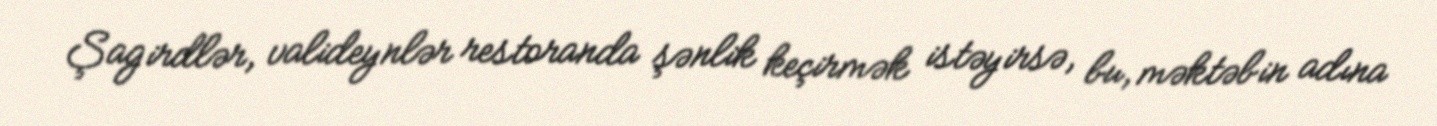
Şagirdlər, valideynlər restoranda şənlik keçirmək istəyirsə, bu, məktəbin adına